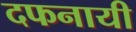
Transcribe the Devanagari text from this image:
दफनायी